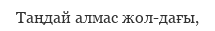
Таңдай алмас жол-дағы,